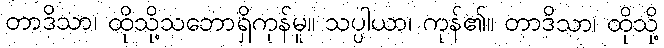
တာဒိသာ၊ ထိုသို့သဘောရှိကုန်မူ။ သပ္ပါယာ၊ ကုန်၏။ တာဒိသာ၊ ထိုသို့